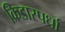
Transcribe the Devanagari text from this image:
क्रिडास्पर्धा